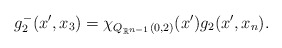
\begin{align*} g^-_{2}(x',x_{3})=\chi_{Q_{\mathbb{R}^{n-1}}(0,2)}(x')g_{2}(x',x_{n}). \end{align*}